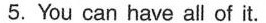
5. You can have all of it.